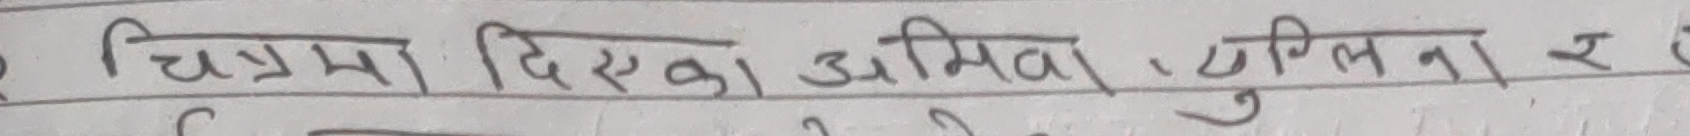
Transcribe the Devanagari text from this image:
चित्रमा दिएका अमिबा, युग्लिना र